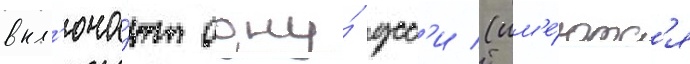
вкл'юча́ют одну́ усс'и (им'е́ютс'я